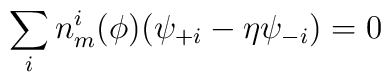
\sum_i n_m^i(\phi) (\psi_{+i} -\eta \psi_{-i})=0